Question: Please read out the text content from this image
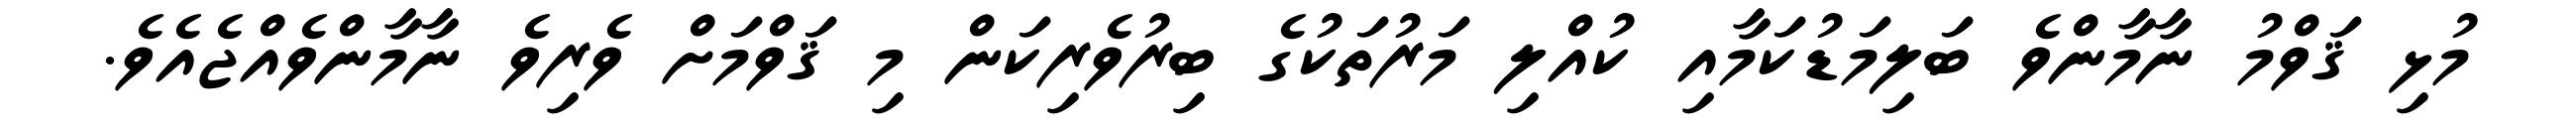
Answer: މުޅި ޤަވްމު ނާމާންވެ ބަލިމަޑުކަމާއި ކުއްލި މަރުތަކުގެ ބިރުވެރިކަން މި ޤަވްމަށް ވެރިވެ ނާމާންވެއްޖެއެވެ.